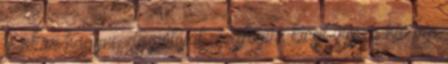
is akar hagyni, de pólóját megfogva kicsit vissza húzom